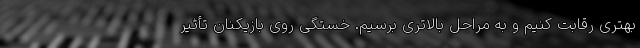
بهتری رقابت کنیم و به مراحل بالاتری برسیم. خستگی روی بازیکنان تأثیر